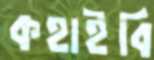
কহাইবি